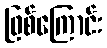
ဖြစ်ကြောင်း